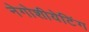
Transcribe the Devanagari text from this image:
नेगोशीयेटिंग